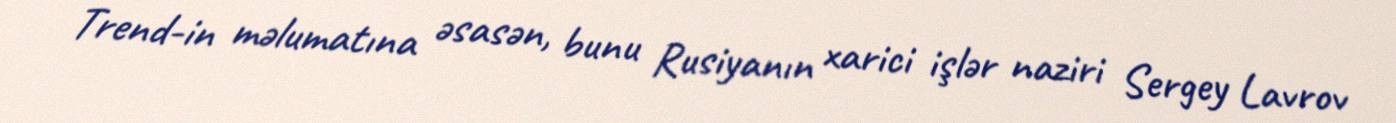
Trend-in məlumatına əsasən, bunu Rusiyanın xarici işlər naziri Sergey Lavrov